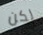
لكن